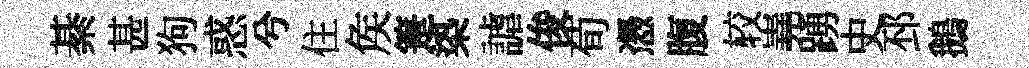
綦甚狗惑兮住矦箑𣑱謔俊荀慿腹较嶤踴史邳鵝